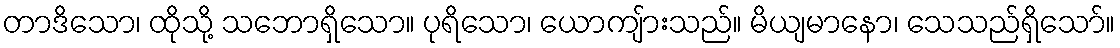
တာဒိသော၊ ထိုသို့ သဘောရှိသော။ ပုရိသော၊ ယောကျ်ားသည်။ မိယျမာနော၊ သေသည်ရှိသော်။